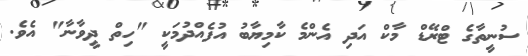
ސުނީތާގެ ޓްރޭޑް މާކް އަދި އެންމެ ކާމިޔާބު އުފެއްދުމަކީ "ހިތް ދީވާނާ" އެވެ.